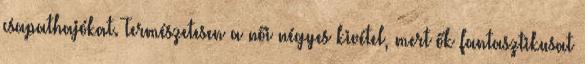
csapathajókat. Természetesen a női négyes kivétel, mert ők fantasztikusat